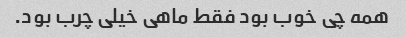
همه چی خوب بود فقط ماهی خیلی چرب بود.